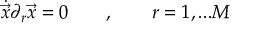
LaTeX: { \dot { \vec { x } } } \partial _ { r } \vec { x } = 0 \qquad , \qquad r = 1 , . . . M